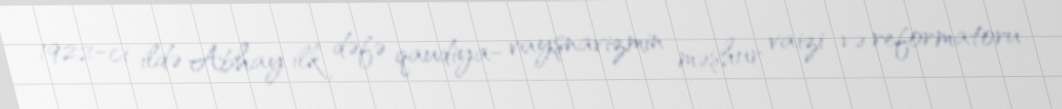
1922-ci ildə Abhay ilk dəfə qaudiya- vayşnavizmin məşhur vaizi və reformatoru